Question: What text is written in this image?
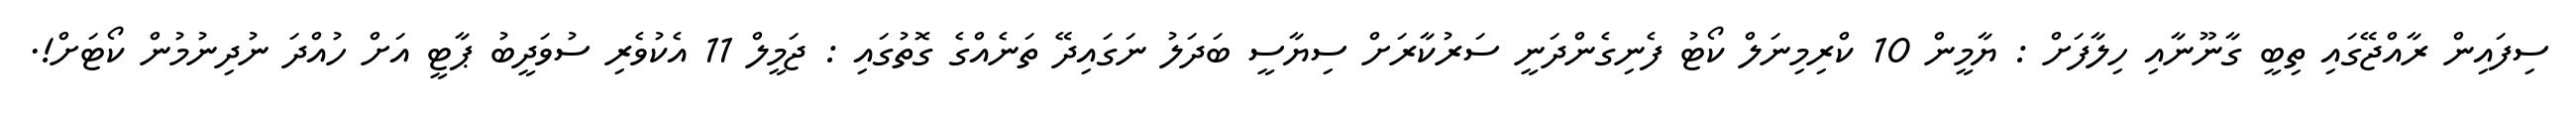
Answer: ސިފައިން ރާއްޖޭގައި ތިބީ ގާނޫނާއި ހިލާފަށް : ޔާމީން 10 ކްރިމިނަލް ކޯޓު ފެނިގެންދަނީ ސަރުކާރަށް ސިޔާސީ ބަދަލު ނަގައިދޭ ތަނެއްގެ ގޮތުގައި : ޖަމީލް 11 އެކުވެރި ސުވަދީބު ޕާޓީ އަށް ހުއްދަ ނުދިނުމުން ކޯޓަށް!.